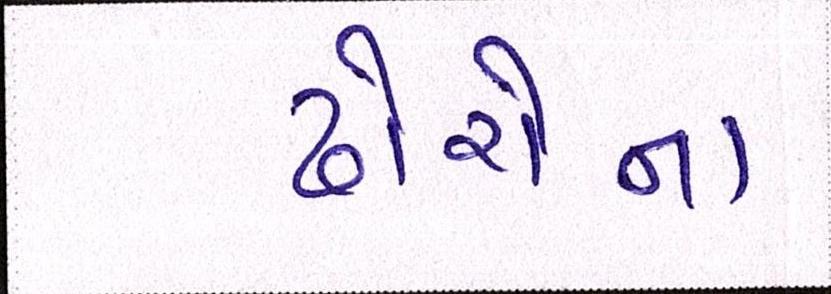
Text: ઢોરોના